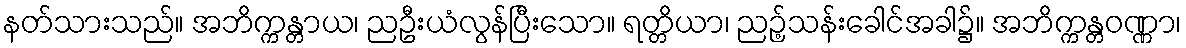
နတ်သားသည်။ အဘိက္ကန္တာယ၊ ညဦးယံလွန်ပြီးသော။ ရတ္တိယာ၊ ညဉ့်သန်းခေါင်အခါ၌။ အဘိက္ကန္တဝဏ္ဏာ၊